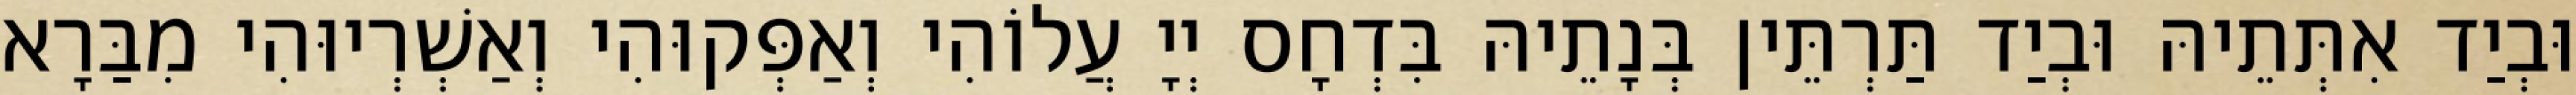
וּבְיַד אִתְּתֵיהּ וּבְיַד תַּרְתֵּין בְּנָתֵיהּ בִּדְחָס יְיָ עֲלוֹהִי וְאַפְּקוּהִי וְאַשְׁרְיוּהִי מִבַּרָא